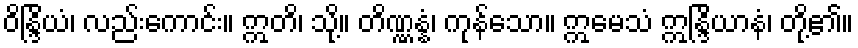
ဝိန္ဒြိယံ၊ လည်းကောင်း။ ဣတိ၊ သို့။ တိဏ္ဏန္နံ၊ ကုန်သော။ ဣမေသံ ဣန္ဒြိယာနံ၊ တို့၏။